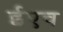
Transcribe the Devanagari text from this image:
ईएच